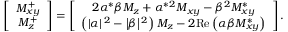
\left[ \begin{array} { c } { M _ { x y } ^ { + } } \\ { M _ { z } ^ { + } } \end{array} \right] = \left[ \begin{array} { c } { 2 \alpha ^ { * } \beta M _ { z } + \alpha ^ { * } { ^ { 2 } } M _ { x y } - \beta { ^ { 2 } } M _ { x y } ^ { * } } \\ { \left( \left| \alpha \right| { ^ { 2 } } - \left| \beta \right| { ^ { 2 } } \right) M _ { z } - 2 \mathrm { R e } \left( \alpha \beta M _ { x y } ^ { * } \right) } \end{array} \right] .